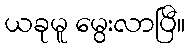
ယခုမူ မွေးလာပြီ။